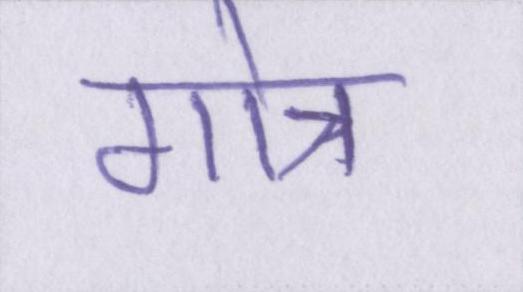
गोत्र